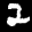
Label: 2